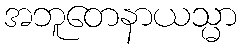
အဘူတေနာယသ္မာ